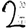
Digit: 2